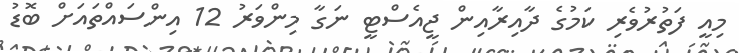
މިއީ ފަތުރުވެރި ކަމުގެ ދާއިރާއިން ޖީއެސްޓީ ނަގާ މިންވަރު 12 އިންސައްތައަށް ބޮޑު